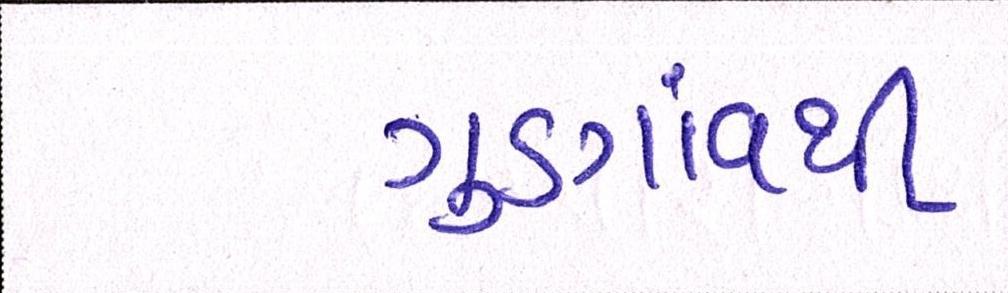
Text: ગુડગાંવથી